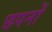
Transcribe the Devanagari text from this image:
छपनों